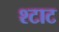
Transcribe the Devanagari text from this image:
श्टाट